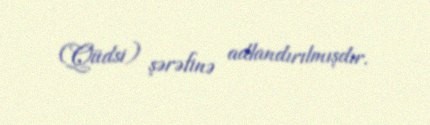
(Qüdsi) şərəfinə adlandırılmışdır.